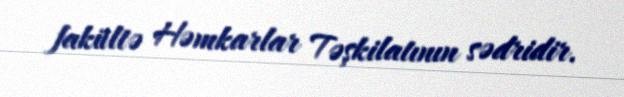
fakültə Həmkarlar Təşkilatının sədridir.